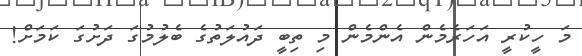
މަ ހީކުރީ އަހަރެމެން އެންމެން މި ތިބީ ދައުލަތުގެ ބެލުމުގަ ދަށުގަ ކަމަށް!